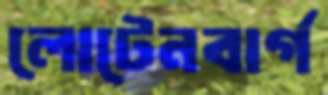
লোটেনবার্গ